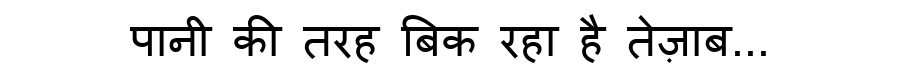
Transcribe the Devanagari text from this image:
पानी की तरह बिक रहा है तेज़ाब...